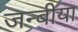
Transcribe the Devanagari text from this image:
जन्बीया